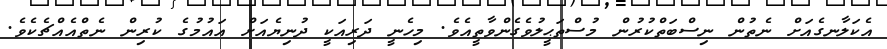
އެކަލާނގެއަށް ނެތުން ނިސްބަތްކުރުން މުސްތަޙީލުވެގެންވާތީއެވެ. މިހެނީ ދަރިއަކީ ދުނިޔެއަށް އައުމުގެ ކުރިން ނެތްއެއްޗެކެވެ.